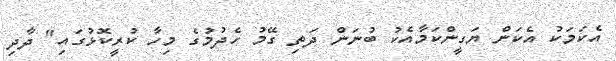
އެކަމަކު އެކަން ޔަގީންކަމާއެކު ބުނަން ދަތި ގޭމު ހެދުމުގެ މިހާ ކުރީކޮޅުގައި" ދާދި